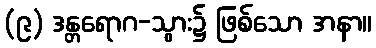
(၉) ဒန္တရောဂ-သွား၌ ဖြစ်သော အနာ။